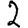
Digit: 2